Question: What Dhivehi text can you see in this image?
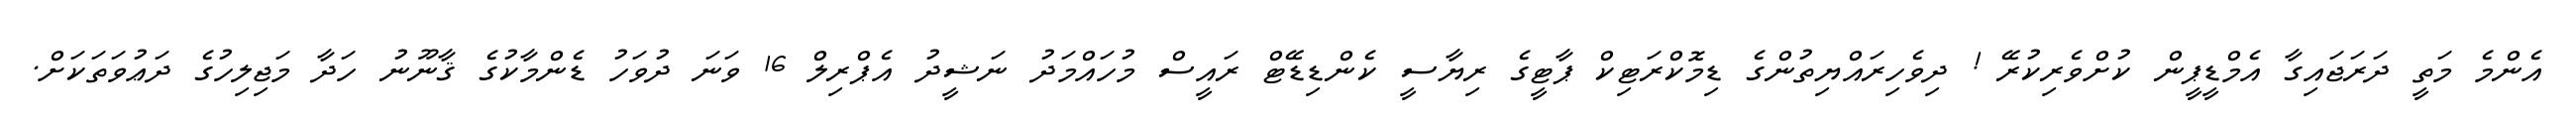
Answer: އެންމެ މަތީ ދަރަޖައިގާ އެމްޑީޕީން ކުށްވެރިކުރޭ ! ދިވެހިރައްޔިތުންގެ ޑިމޮކްރަޓިކް ޕާޓީގެ ރިޔާސީ ކެންޑިޑޭޓް ރައީސް މުހައްމަދު ނަޝީދު އެޕްރިލް 16 ވަނަ ދުވަހު ޑެންމާކުގެ ޤާނޫނު ހަދާ މަޖިލިހުގެ ދަޢުވަތަކަށް.